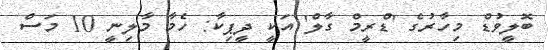
ބޮލީވުޑް މިހާރުގެ 'ޑްރީމް ގާލް' އަކީ ދީޕިކާ: ހެމާ މާލިނީ 10 މަސް